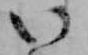
い